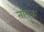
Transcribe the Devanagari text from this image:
तायक